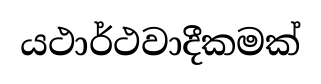
යථාර්ථවාදීකමක්